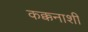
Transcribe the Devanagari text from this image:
कक्कनाशी